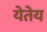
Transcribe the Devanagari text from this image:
येतेय